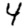
Digit: 4